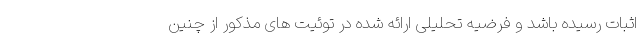
اثبات رسیده باشد و فرضیه تحلیلی ارائه شده در توئیت های مذکور از چنین